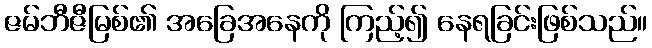
ဇမ်ဘီဇီမြစ်၏ အခြေအနေကို ကြည့်၍ နေရခြင်းဖြစ်သည်။